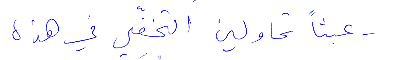
عبثًا تاولين التخفّي في هذه